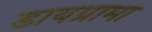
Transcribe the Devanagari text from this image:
डायग्रामा